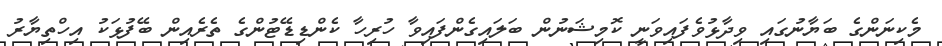
މެކިނަންގެ ބަޔާނުގައި ވިދާޅުވެފައިވަނީ ކޮމިޝަނުން ބަލައިގެންފައިވާ ހުރިހާ ކެންޑިޑޭޓުންގެ ތެރެއިން ބޭފުޅަކު އިހްތިޔާރު